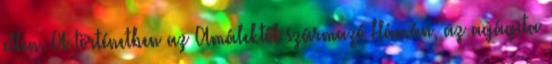
ellen. A történetben az Amálektől származó Hámán, az agágita